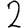
Digit: 2